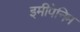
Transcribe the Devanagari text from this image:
इमीपेनिम